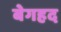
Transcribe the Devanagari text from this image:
बेगहद